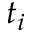
t _ { i }